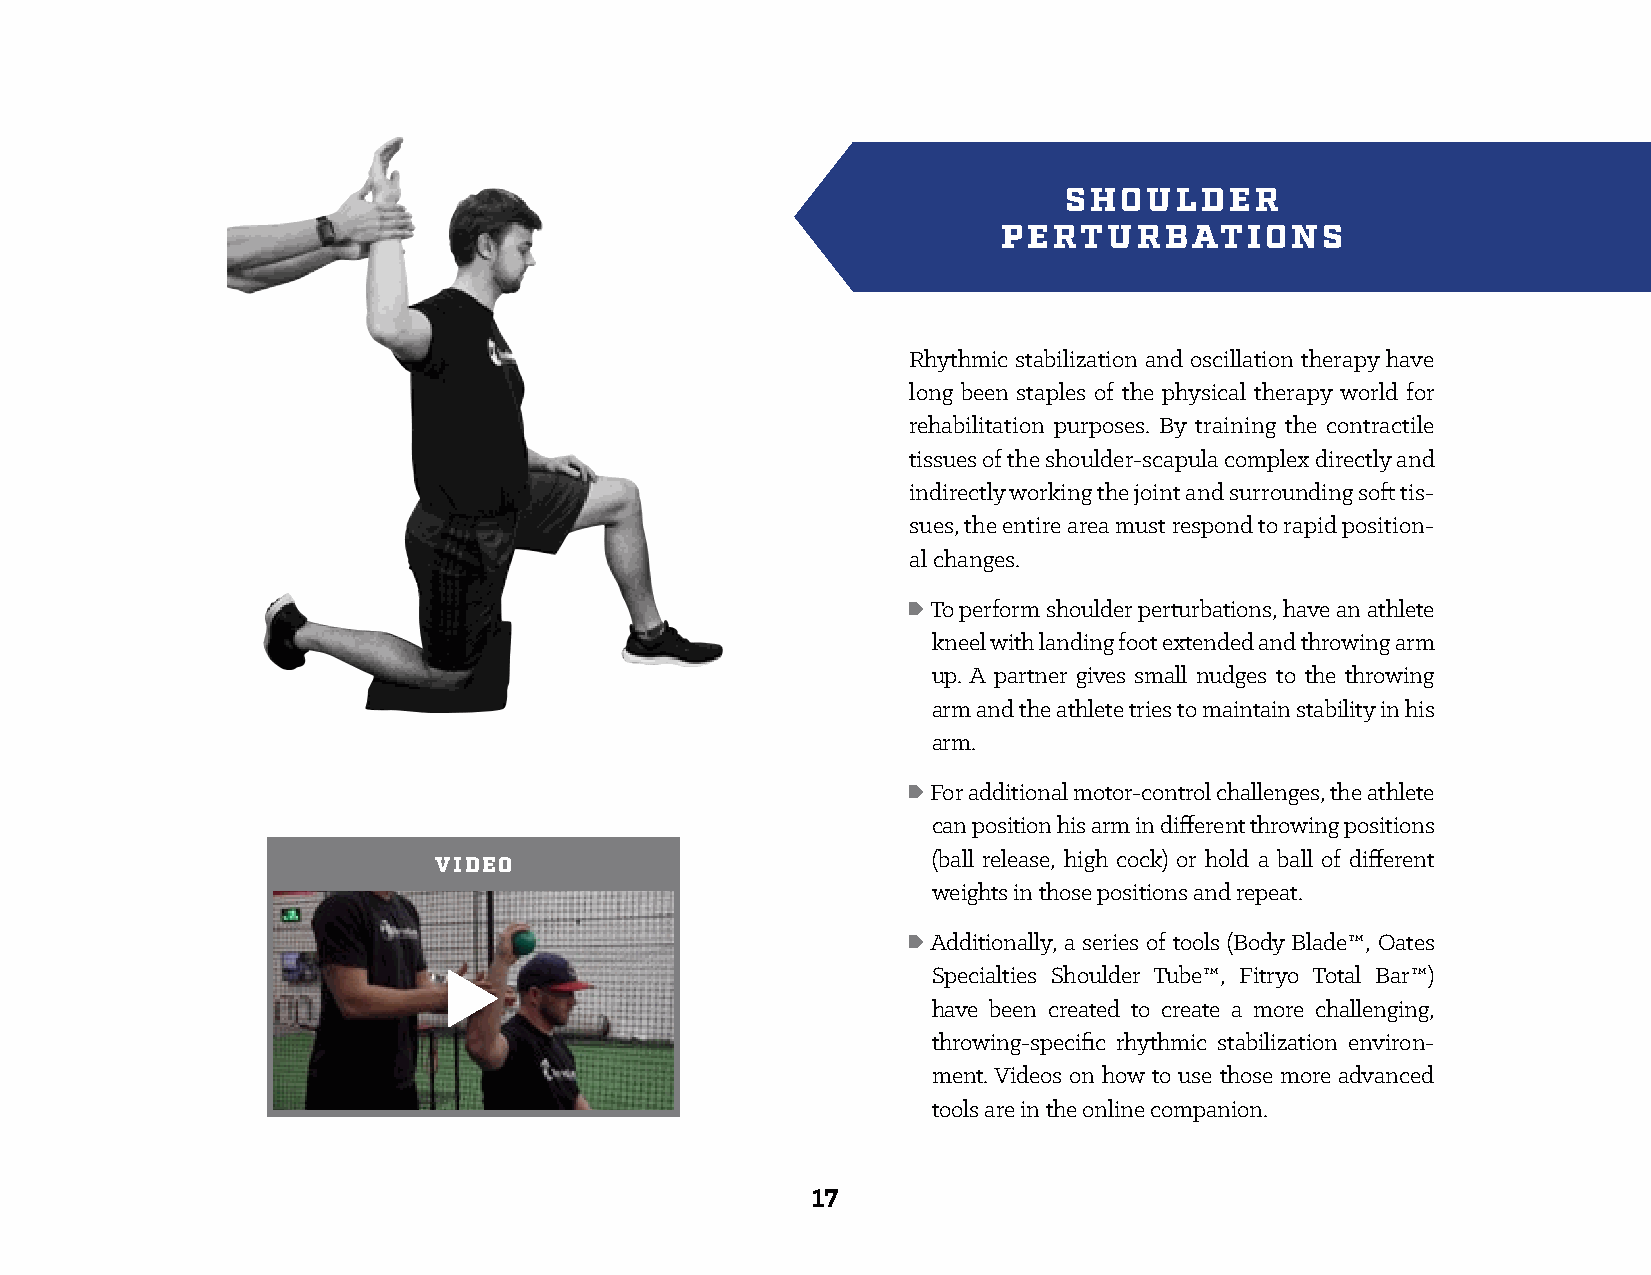
SHOULDER
 PERTURBATIONS
 Rhythmic stabilization and oscillation therapy have
 long been staples of the physical therapy world for
 rehabilitation purposes. By training the contractile
 tissues of the shoulder-scapula complex directly and
 indirectly working the joint and surrounding soft tis-
 sues, the entire area must respond to rapid position-
 al changes.
 • To perform shoulder perturbations, have an athlete
 kneel with landing foot extended and throwing arm
 up. A partner gives small nudges to the throwing
 arm and the athlete tries to maintain stability in his
 arm.
 • For additional motor-control challenges, the athlete
 can position his arm in different throwing positions
 (ball release, high cock) or hold a ball of different
 VIDEO
 weights in those positions and repeat.
 • Additionally, a series of tools (Body Blade™, Oates
 Specialties Shoulder Tube™, Fitryo Total Bar™)
 have been created to create a more challenging,
 throwing-specific rhythmic stabilization environ-
 ment. Videos on how to use those more advanced
 tools are in the online companion.
 17